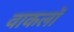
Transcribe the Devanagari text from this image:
वाकलॉ